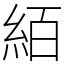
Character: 絔